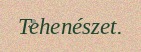
Tehenészet.